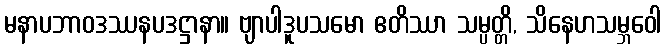
မနာပဘာဝဒဿနပဒဋ္ဌာနာ။ ဗျာပါဒူပသမော ဧတိဿာ သမ္ပတ္တိ, သိနေဟသမ္ဘဝေါ